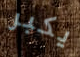
يكبر